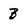
Character: B